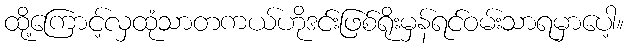
ထို့ကြောင့်လှထုံသာတကယ်ဟိုဒင်းဖြစ်ရိုးမှန်ရင်ဝမ်းသာရမှာပေါ့။